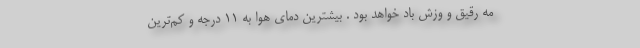
مه رقیق و وزش باد خواهد بود . بیشترین دمای هوا به ۱۱ درجه و کم‌ترین